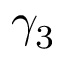
\gamma _ { 3 }